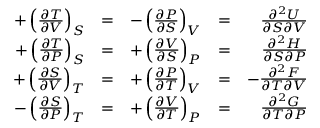
{ \begin{array} { r l r l r } { + \left( { \frac { \partial T } { \partial V } } \right) _ { S } } & { = } & { - \left( { \frac { \partial P } { \partial S } } \right) _ { V } } & { = } & { { \frac { \partial ^ { 2 } U } { \partial S \partial V } } } \\ { + \left( { \frac { \partial T } { \partial P } } \right) _ { S } } & { = } & { + \left( { \frac { \partial V } { \partial S } } \right) _ { P } } & { = } & { { \frac { \partial ^ { 2 } H } { \partial S \partial P } } } \\ { + \left( { \frac { \partial S } { \partial V } } \right) _ { T } } & { = } & { + \left( { \frac { \partial P } { \partial T } } \right) _ { V } } & { = } & { - { \frac { \partial ^ { 2 } F } { \partial T \partial V } } } \\ { - \left( { \frac { \partial S } { \partial P } } \right) _ { T } } & { = } & { + \left( { \frac { \partial V } { \partial T } } \right) _ { P } } & { = } & { { \frac { \partial ^ { 2 } G } { \partial T \partial P } } } \end{array} } \,